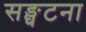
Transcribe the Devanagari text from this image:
सङ्घटना